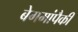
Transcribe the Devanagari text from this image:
बेगमांपैकी